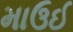
માઉઈ